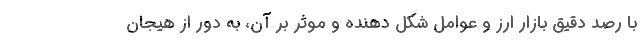
با رصد دقیق بازار ارز و عوامل شکل دهنده و موثر بر آن، به دور از هیجان